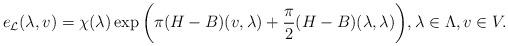
LaTeX: \begin{align*}e_{\mathcal{L}}(\lambda, v)=\chi(\lambda)\exp\bigg(\pi (H-B)(v,\lambda)+\frac{\pi}{2}(H-B)(\lambda,\lambda)\bigg), \lambda\in \Lambda, v\in V. \end{align*}